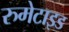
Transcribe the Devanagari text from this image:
रुमेटाइड